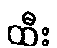
ထီး